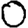
Digit: 0